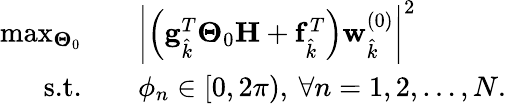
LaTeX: \begin{array}{rl}{\operatorname*{max}_{\boldsymbol{\Theta}_{0}}\quad}&{\biggl|\Bigl(\mathbf{g}_{\hat{k}}^{T}\boldsymbol{\Theta}_{0}\mathbf{H}+\mathbf{f}_{\hat{k}}^{T}\Bigr)\mathbf{w}_{\hat{k}}^{(0)}\biggr|^{2}}\\ {\textrm{s.t.}\quad}&{\phi_{n}\in[0,2\pi),\: \forall n=1,2,\ldots,N.}\end{array}